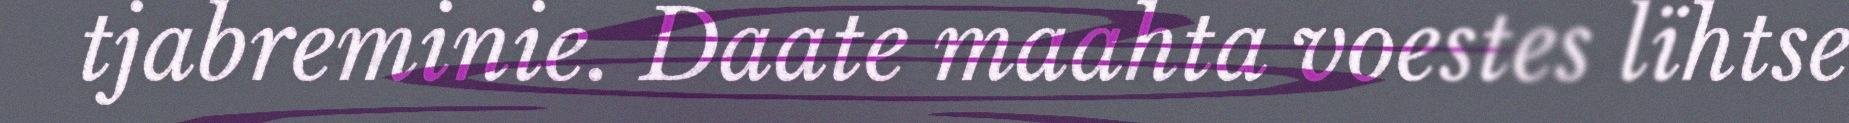
tjabreminie. Daate maahta voestes lïhtse